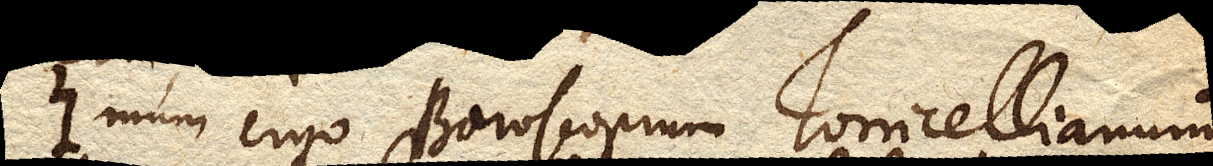
Imum ergo Baroscopium Torricellianum